Annual report of the Bengal Veterinary College and of the Civil Veterinary Department, Bengal, for the year 1920-21 - 1920-1921
Year: 1920
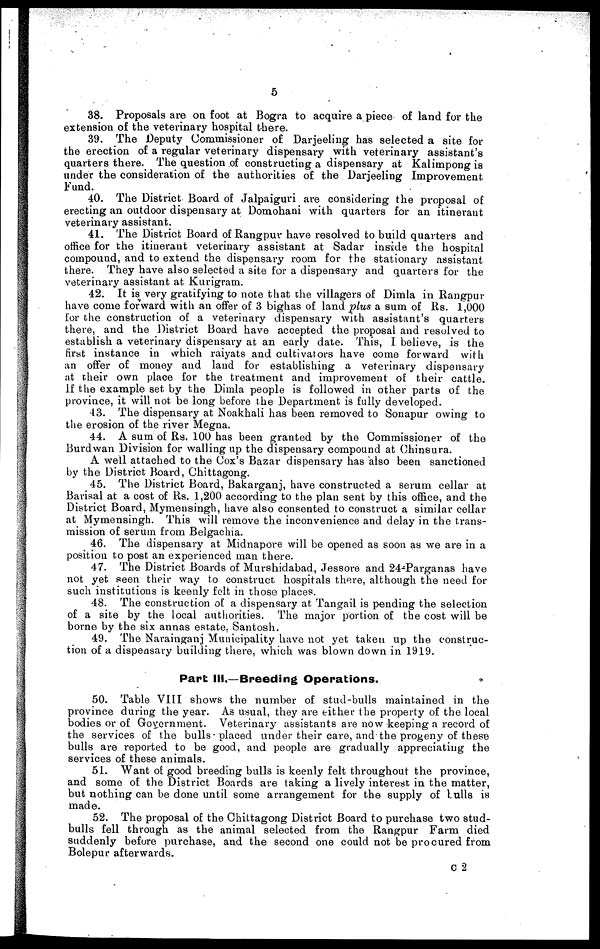
5
38. Proposals are on foot at Bogra to acquire a piece of land for the
extension of the veterinary hospital there.
39. The Deputy Commissioner of Darjeeling has selected a site for
the erection of a regular veterinary dispensary with veterinary assistant's
quarters there. The question of constructing a dispensary at Kalimpong is
under the consideration of the authorities of the Darjeeling Improvement
Fund.
40. The District Board of Jalpaiguri are considering the proposal of
erecting an outdoor dispensary at Domohani with quarters for an itinerant
veterinary assistant.
41. The District Board of Rangpur have resolved to build quarters and
office for the itinerant veterinary assistant at Sadar inside the hospital
compound, and to extend the dispensary room for the stationary assistant
there. They have also selected a site for a dispensary and quarters for the
veterinary assistant at Kurigram.
42. It is very gratifying to note that the villagers of Dimla in Rangpur
have come forward with an offer of 3 bighas of land plus a sum of Rs. 1,000
for the construction of a veterinary dispensary with assistant's quarters
there, and the District Board have accepted the proposal and resolved to
establish a veterinary dispensary at an early date. This, I believe, is the
first instance in which raiyats and cultivators have come forward with
an offer of money and land for establishing a veterinary dispensary
at their own place for the treatment and improvement of their cattle.
If the example set by the Dimla people is followed in other parts of the
province, it will not be long before the Department is fully developed.
43. The dispensary at Noakhali has been removed to Sonapur owing to
the erosion of the river Megna.
44. A sum of Rs. 100 has been granted by the Commissioner of the
Burdwan Division for walling up the dispensary compound at Chinsura.
A we'll attached to the Cox's Bazar dispensary has also been sanctioned
by the District Board, Chittagong.
45. The District Board, Bakarganj, have constructed a serum cellar at
Barisal at a cost of Rs. 1,200 according to the plan sent by this office, and the
District Board, Mymensingh, have also consented to construct a similar cellar
at Mymensingh. This will remove the inconvenience and delay in the trans-
mission of serum from Belgaclua.
46. The dispensary at Midnapore will be opened as soon as we are in a
position to post an experienced man there.
47. The District Boards of Murshidabad, Jessore and 24-Parganas have
not yet seen their way to construct hospitals there, although the need for
such institutions is keenly felt in those places.
48. The construction of a dispensary at Tangail is pending the selection
of a site by the local authorities. The major portion of the cost will be
borne by the six annas estate. Santosh.
49. The Narainganj Municipality have not yet taken up the construc-
tion of a dispensary building there, which was blown down in 1919.
Part III.—Breeding Operations.
50. Table VIII shows the number of stud-bulls maintained in the
province during the year. As usual, they are either the property of the local
bodies or of Government. Veterinary assistants are now keeping a record of
the services of the bulls placed under their care, and the progeny of these
bulls are reported to be good, and people are gradually appreciating the
services of these animals.
51. Want of good breeding bulls is keenly felt throughout the province,
and some of the District Boards are taking a lively interest in the matter,
but nothing can be done until some arrangement for the supply of lulls is
made.
52. The proposal of the Chittagong District Board to purchase two stud-
bulls fell through as the animal selected from the Rangpur Farm died
suddenly before purchase, and the second one could not be procured from
Bolepur afterwards.
C 2